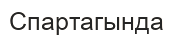
Спартагында